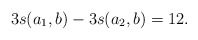
\begin{align*}3s(a_1,b)-3s(a_2,b)=12.\end{align*}